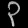
Digit: ၃